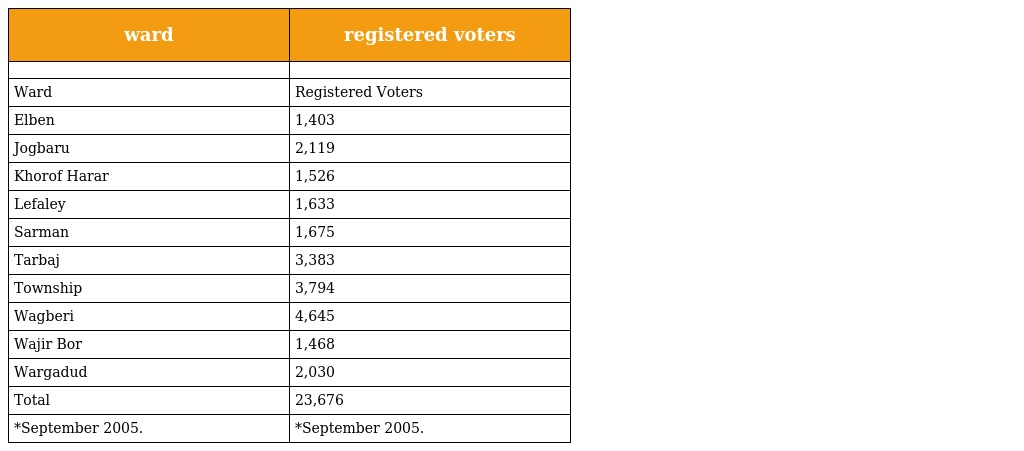
| ward | registered voters |
 | --- | --- |
 |  |  |
 | Ward | Registered Voters |
 | Elben | 1,403 |
 | Jogbaru | 2,119 |
 | Khorof Harar | 1,526 |
 | Lefaley | 1,633 |
 | Sarman | 1,675 |
 | Tarbaj | 3,383 |
 | Township | 3,794 |
 | Wagberi | 4,645 |
 | Wajir Bor | 1,468 |
 | Wargadud | 2,030 |
 | Total | 23,676 |
 | *September 2005. | *September 2005. |